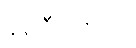
နရဝီရကတံ